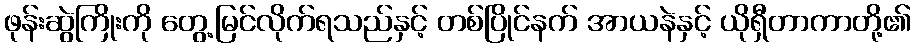
ဖုန်းဆွဲကြိုးကို တွေ့မြင်လိုက်ရသည်နှင့် တစ်ပြိုင်နက် အာယနဲနှင့် ယိုရှီတာကာတို့၏